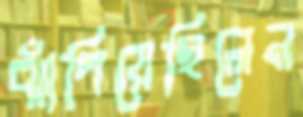
ঝাঁপিয়েছিলেন